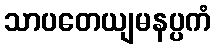
သာပတေယျမနပ္ပကံ